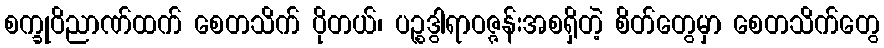
စက္ခုဝိညာဏ်ထက် စေတသိက် ပိုတယ်၊ ပဉ္စဒွါရာဝဇ္ဇန်းအစရှိတဲ့ စိတ်တွေမှာ စေတသိက်တွေ